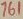
Text: 761